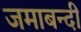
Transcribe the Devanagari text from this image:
जमाबन्दी